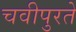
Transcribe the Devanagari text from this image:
चवीपुरते